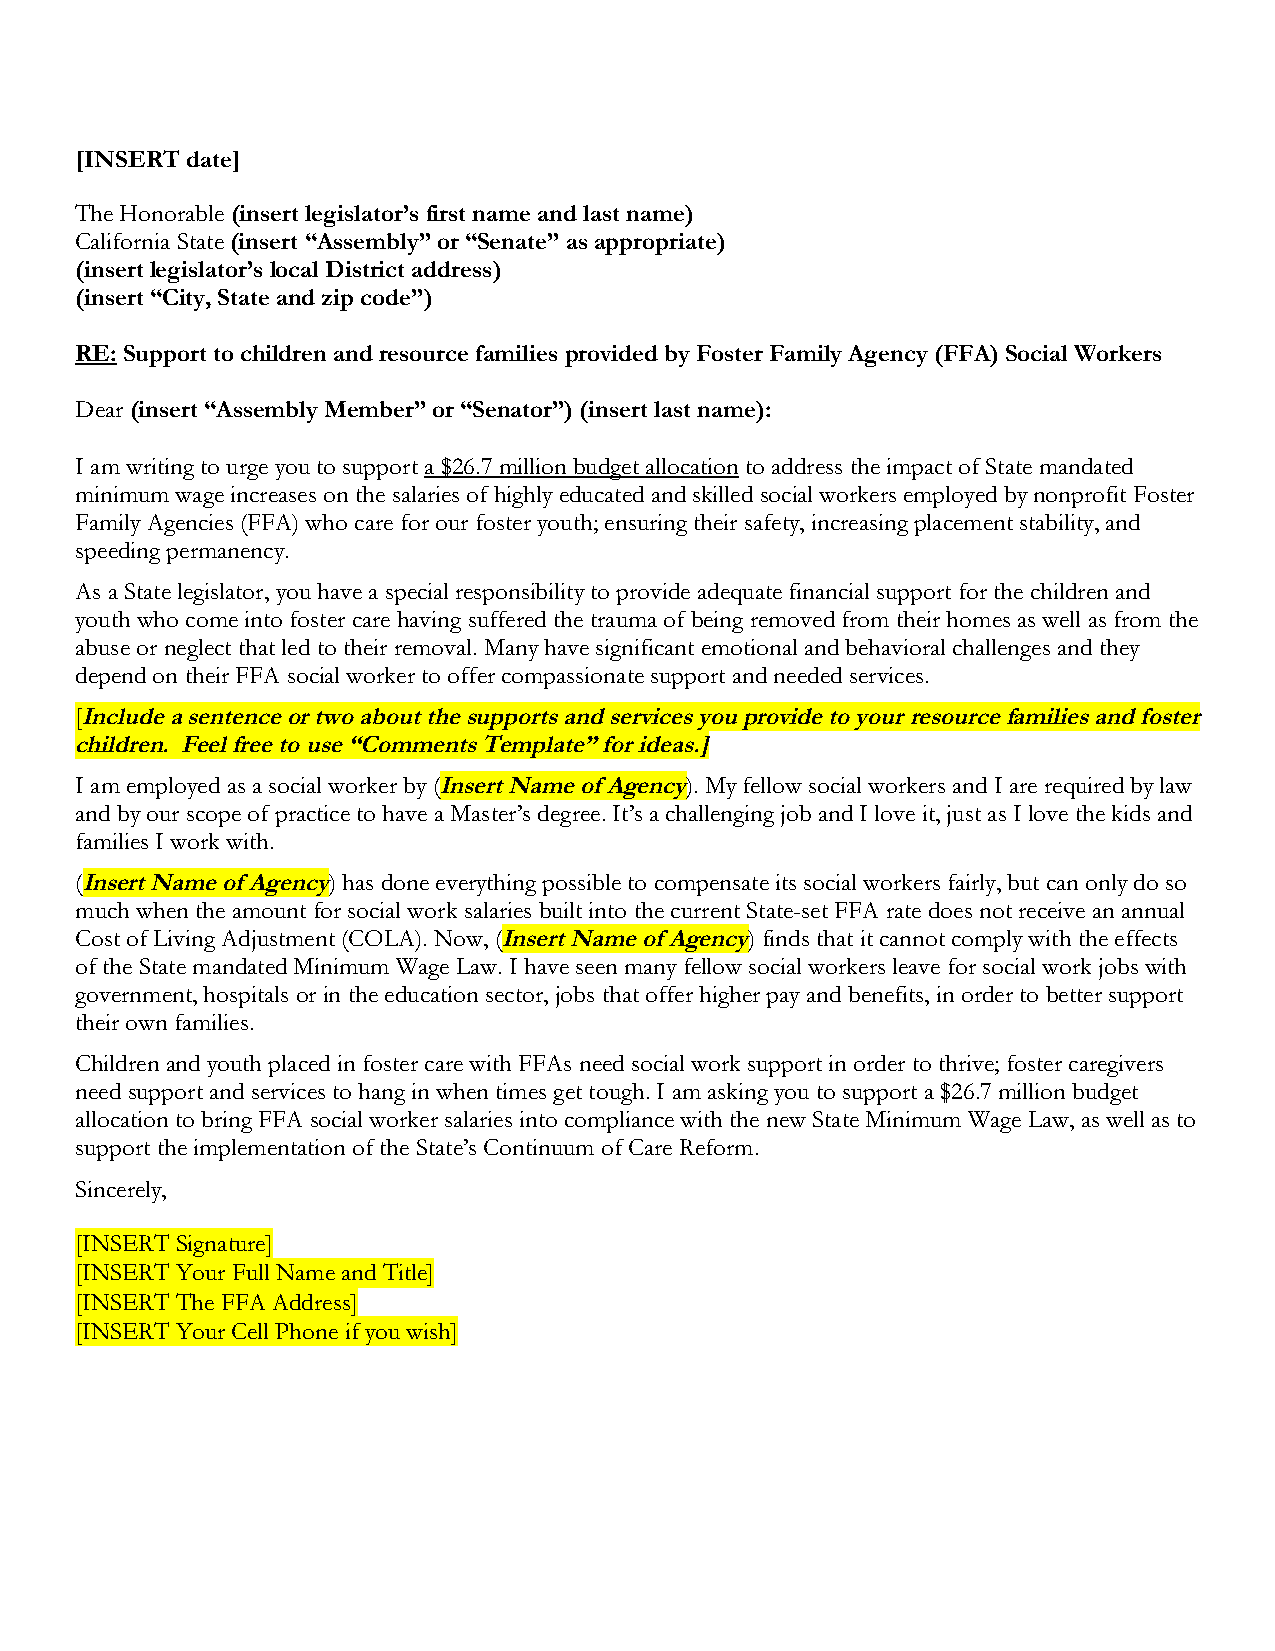
[INSERT date]
 The Honorable (insert legislator’s first name and last name)
 California State (insert “Assembly” or “Senate” as appropriate)
 (insert legislator’s local District address)
 (insert “City, State and zip code”)
 RE: Support to children and resource families provided by Foster Family Agency (FFA) Social Workers
 Dear (insert “Assembly Member” or “Senator”) (insert last name):
 I am writing to urge you to support a $26.7 million budget allocation to address the impact of State mandated
 minimum wage increases on the salaries of highly educated and skilled social workers employed by nonprofit Foster
 Family Agencies (FFA) who care for our foster youth; ensuring their safety, increasing placement stability, and
 speeding permanency.
 As a State legislator, you have a special responsibility to provide adequate financial support for the children and
 youth who come into foster care having suffered the trauma of being removed from their homes as well as from the
 abuse or neglect that led to their removal. Many have significant emotional and behavioral challenges and they
 depend on their FFA social worker to offer compassionate support and needed services.
 [Include a sentence or two about the supports and services you provide to your resource families and foster
 children. Feel free to use “Comments Template” for ideas.]
 I am employed as a social worker by (Insert Name of Agency). My fellow social workers and I are required by law
 and by our scope of practice to have a Master’s degree. It’s a challenging job and I love it, just as I love the kids and
 families I work with.
 (Insert Name of Agency) has done everything possible to compensate its social workers fairly, but can only do so
 much when the amount for social work salaries built into the current State-set FFA rate does not receive an annual
 Cost of Living Adjustment (COLA). Now, (Insert Name of Agency) finds that it cannot comply with the effects
 of the State mandated Minimum Wage Law. I have seen many fellow social workers leave for social work jobs with
 government, hospitals or in the education sector, jobs that offer higher pay and benefits, in order to better support
 their own families.
 Children and youth placed in foster care with FFAs need social work support in order to thrive; foster caregivers
 need support and services to hang in when times get tough. I am asking you to support a $26.7 million budget
 allocation to bring FFA social worker salaries into compliance with the new State Minimum Wage Law, as well as to
 support the implementation of the State’s Continuum of Care Reform.
 Sincerely,
 [INSERT Signature]
 [INSERT Your Full Name and Title]
 [INSERT The FFA Address]
 [INSERT Your Cell Phone if you wish]